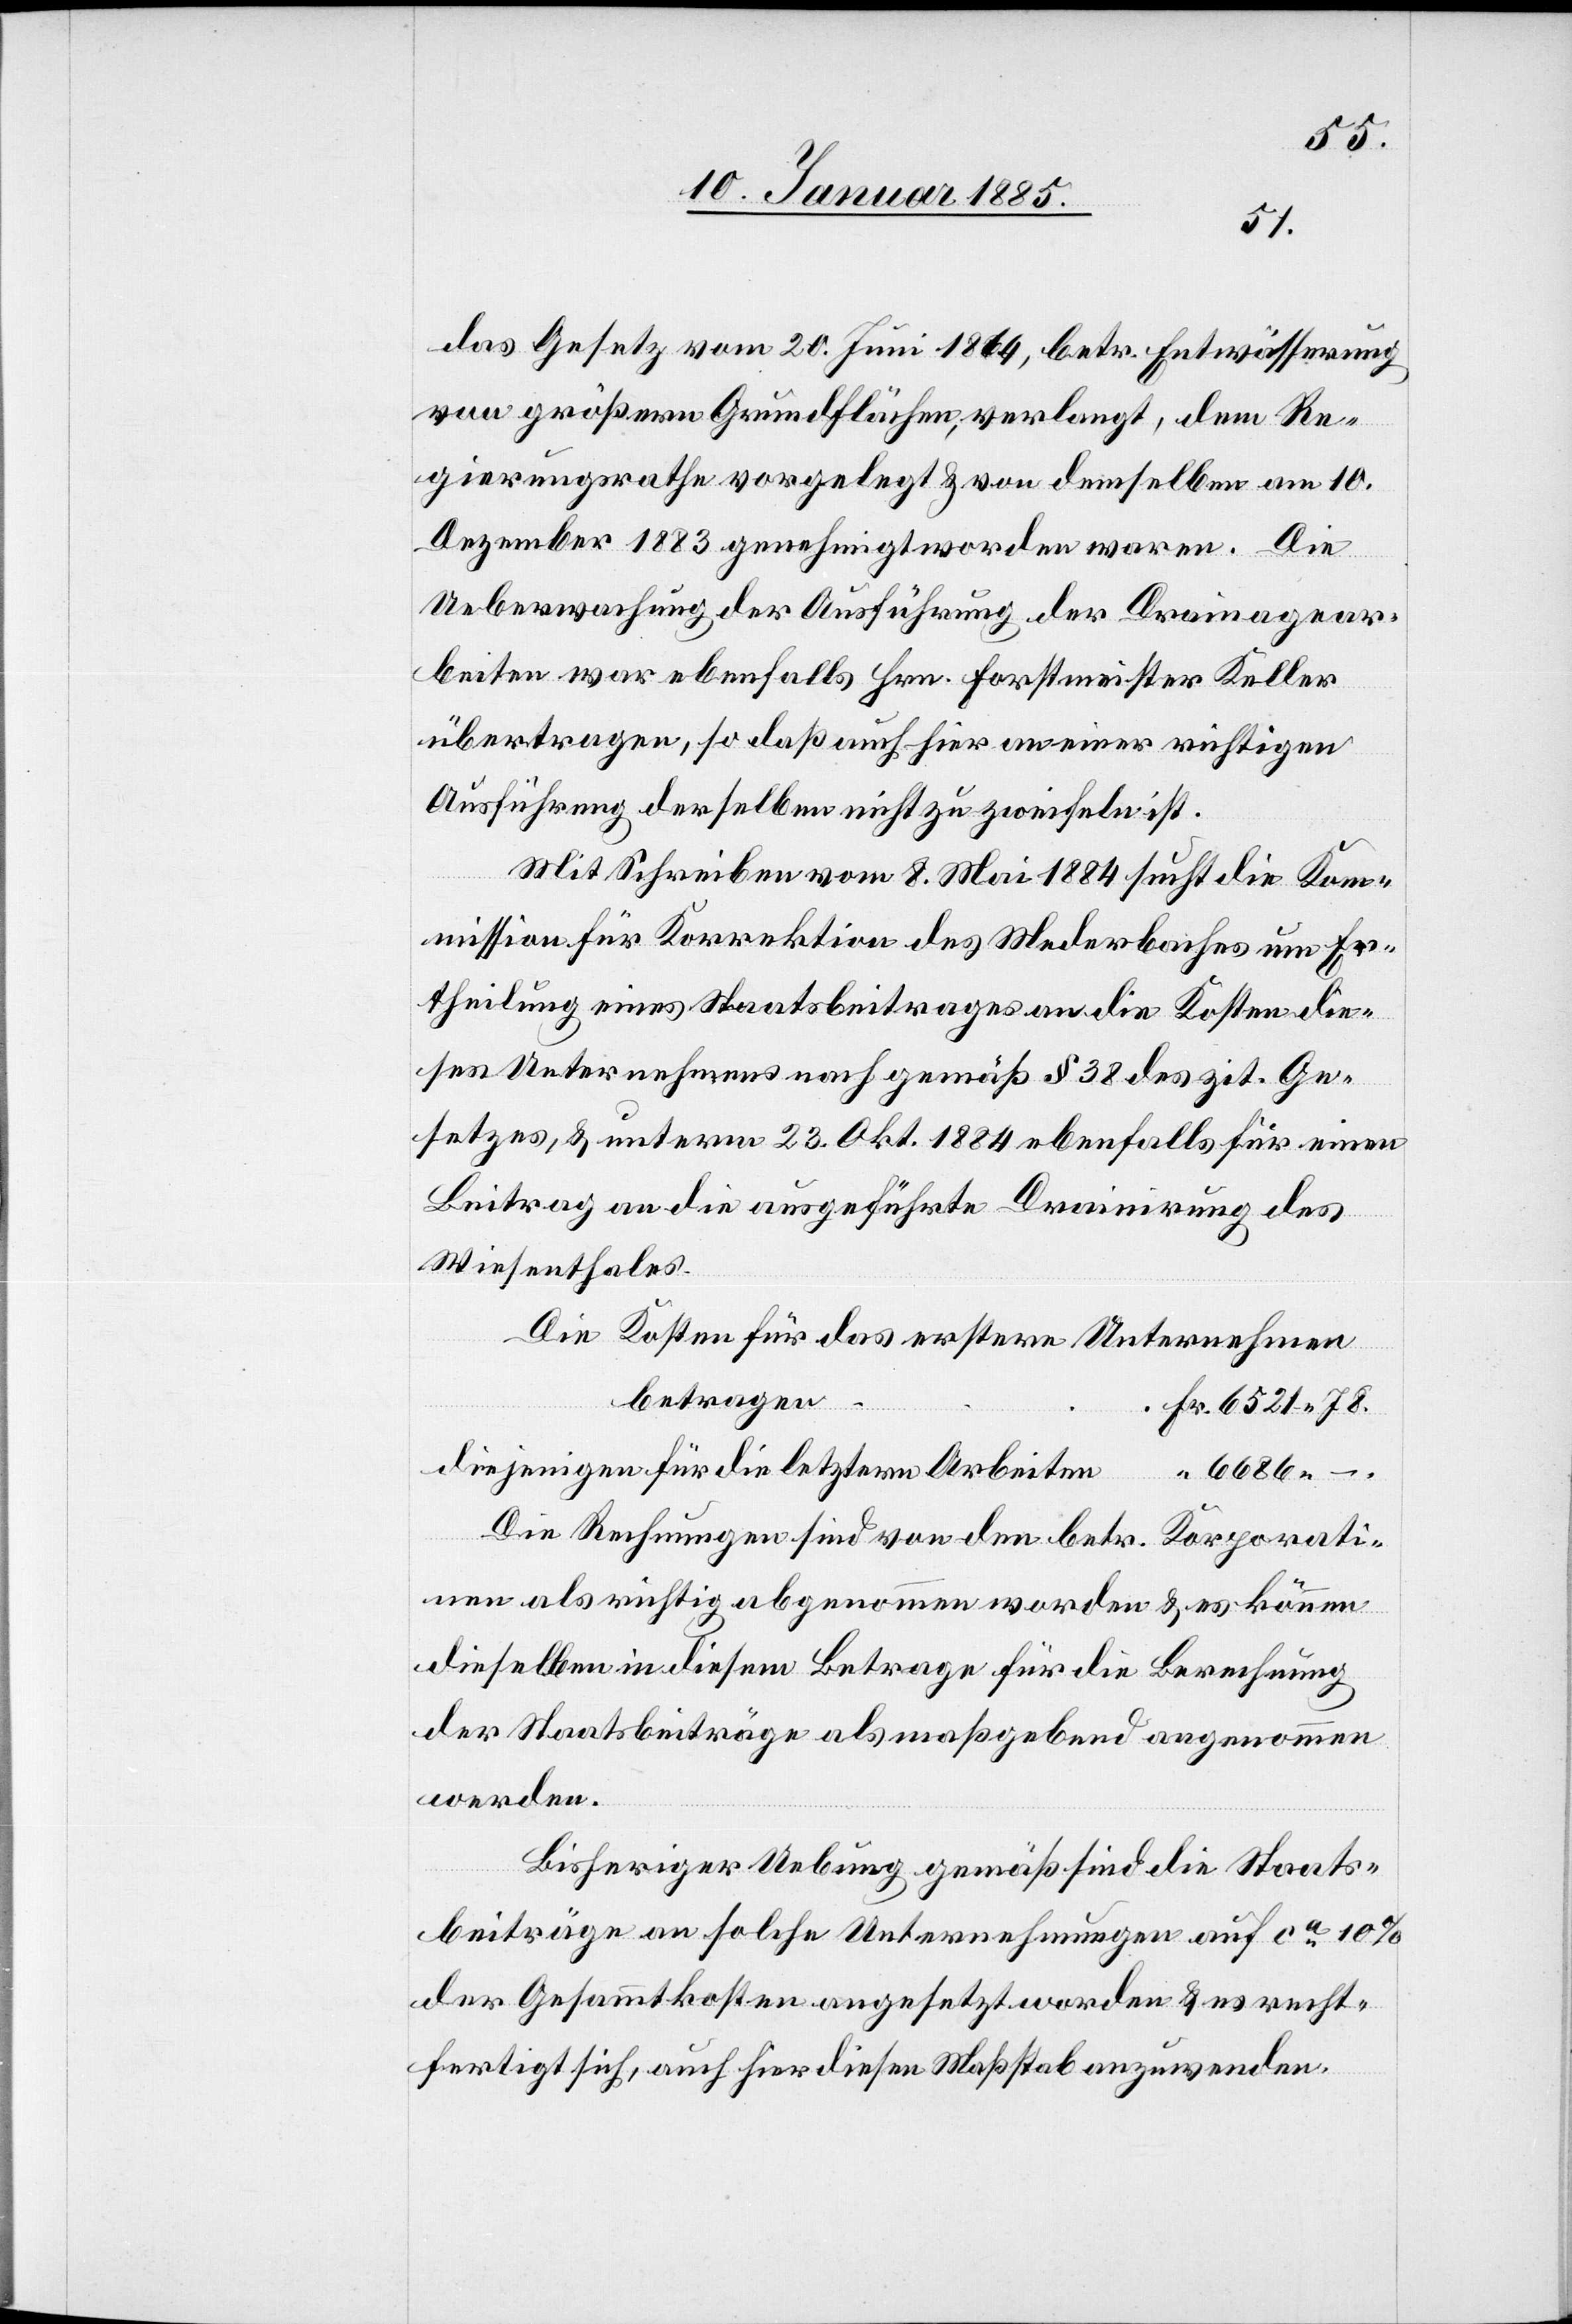
das Gesetz vom 20. Juni 1864, betr. Entwässerung
von größern Grundflächen, verlangt, dem Re¬
gierungsrathe vorgelegt & von demselben am 10.
Dezember 1883 genehmigt worden waren. Die
Ueberwachung der Ausführung der Drainagear¬
beiten war ebenfalls Hrn. Forstmeister Keller
übertragen, so daß auch hier an einer richtigen
Ausführung derselben nicht zu zweifeln ist.
Mit Schreiben vom 8. Mai 1884 sucht die Kom¬
mission für Korrektion des Mederbaches um Er¬
theilung eines Staatsbeitrages an die Kosten die¬
ses Unternehmens nach gemäß § 38 des zit. Ge¬
setzes, & unterm 23. Okt. 1884 ebenfalls für einen
Beitrag an die ausgeführte Drainirung des
Wiesenthales.
Die Kosten für das erstere Unternehmen
betragen
Fr. 6521 78.
diejenigen für die letztern Arbeiten
Die Rechnungen sind von den betr. Korporatio¬
nen als richtig abgenommen worden & es können
dieselben in diesem Betrage für die Berechnung
der Staatsbeiträge als maßgebend angenommen
werden.
Bisheriger Uebung gemäß sind die Staats¬
beiträge an solche Unternehmungen auf ca 10%
der Gesammtkosten angesetzt worden & es recht¬
fertigt sich, auch hier diesen Maßstab anzuwenden.